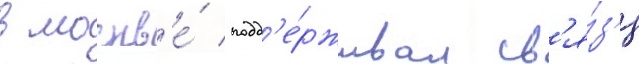
в москв'е́ подд'е́рживал св'я́з'и